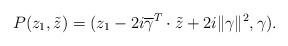
LaTeX: \begin{align*}P(z_1, \tilde{z})=(z_1-2i\overline{\gamma}^T \cdot \tilde{z}+2i\|\gamma\|^2, \gamma).\end{align*}